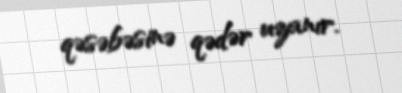
qəsəbəsinə qədər uzanır.